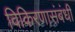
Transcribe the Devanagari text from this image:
विकिरणासंबंधी